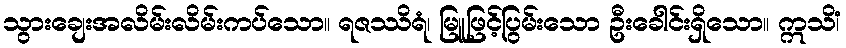
သွားချေးအလိမ်းလိမ်းကပ်သော။ ရဇဿိရံ၊ မြူဖြင့်ပြွမ်းသော ဦးခေါင်းရှိသော။ ဣသိံ၊